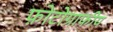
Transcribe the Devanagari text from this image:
फ़ोटोग्राफीय